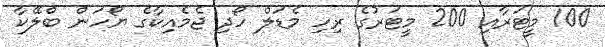
100 މީޓަރާއި 200 މީޓަރުގެ ރިހި މެޑަލް ހޯދި ޖެމެއިކާގެ ޔޯހަން ބްލޭކާ